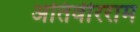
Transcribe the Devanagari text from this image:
अतिवीरराम